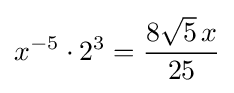
x^{-5}\cdot 2^{3}={\frac {8{\sqrt {5}}\,x}{25}}